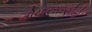
વીચારસરણીનો